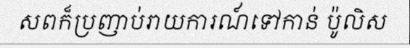
សពក៏ប្រញាប់រាយការណ៍ទៅកាន់ ប៉ូលិស